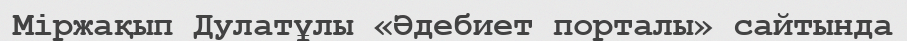
Міржақып Дулатұлы «Әдебиет порталы» сайтында